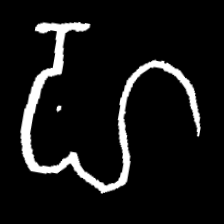
Pyu character \u2014 Myanmar letter: ဟ (romanized: ha)